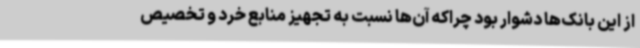
از این بانک‌ها دشوار بود چراکه آن‌ها نسبت به تجهیز منابع خرد و تخصیص